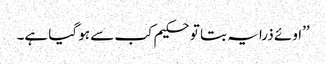
’’اوئے ذرا یہ بتا تو حکیم کب سے ہو گیا ہے۔